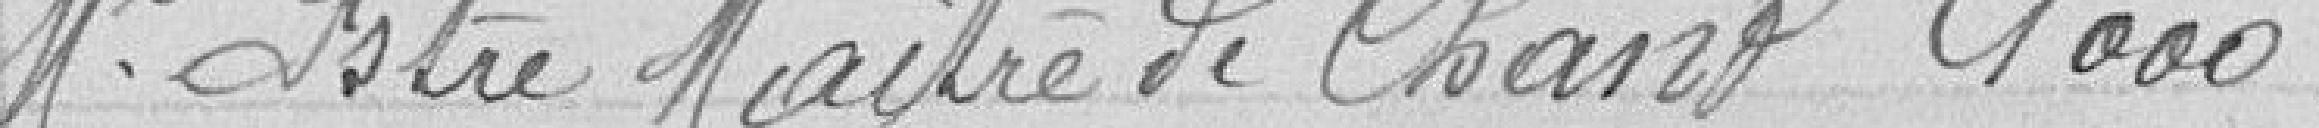
Mr Istre Maitre de chant 1000